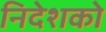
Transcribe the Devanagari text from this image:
निदेशको